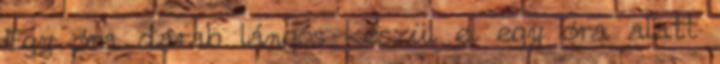
Egy óra darab lángos készül el egy óra alatt